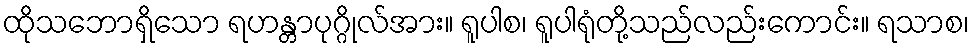
ထိုသဘောရှိသော ရဟန္တာပုဂ္ဂိုလ်အား။ ရူပါစ၊ ရူပါရုံတို့သည်လည်းကောင်း။ ရသာစ၊